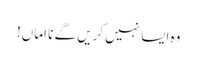
وہ ایسا نہیں کریں گے نا اماں!